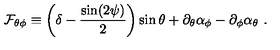
{ \cal F } _ { \theta \phi } \equiv \left( \delta - { \frac { \sin ( 2 \psi ) } { 2 } } \right) \sin \theta + \partial _ { \theta } \alpha _ { \phi } - \partial _ { \phi } \alpha _ { \theta } \ .